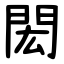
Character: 閎